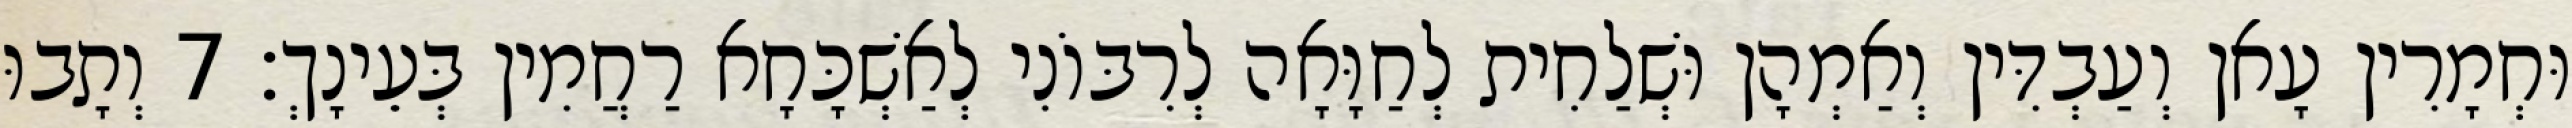
וּחְמָרִין עָאן וְעַבְדִּין וְאַמְהָן וּשְׁלַחִית לְחַוָּאָה לְרִבּוֹנִי לְאַשְׁכָּחָא רַחֲמִין בְּעֵינָךְ׃ 7 וְתָבוּ